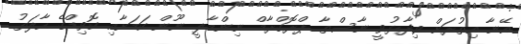
އޭނާ އިތުރަށް ވިދާޅުވީ ނާސްތާ ޕްރޮގްރާމް ނިންމާލީ ނޫން ކަމަށާއި ކޮވިޑްގެ ހާލަތު